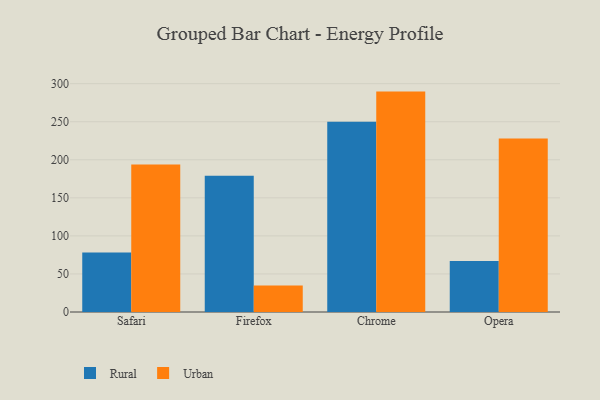
{"axis": {"x": "Browser", "y": "Page Views"}, "legend": ["Rural", "Urban"], "data": [{"x": "Safari", "y": 78.3, "type": "Rural"}, {"x": "Safari", "y": 193.8, "type": "Urban"}, {"x": "Firefox", "y": 178.9, "type": "Rural"}, {"x": "Firefox", "y": 34.8, "type": "Urban"}, {"x": "Chrome", "y": 250.0, "type": "Rural"}, {"x": "Chrome", "y": 289.6, "type": "Urban"}, {"x": "Opera", "y": 67.0, "type": "Rural"}, {"x": "Opera", "y": 228.1, "type": "Urban"}]}